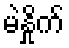
မဲနှိုက်